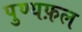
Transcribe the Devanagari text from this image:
पुण्यफ़ल